Vaccination in Burma 1900-1911 - 1900-1911
Year: 1900
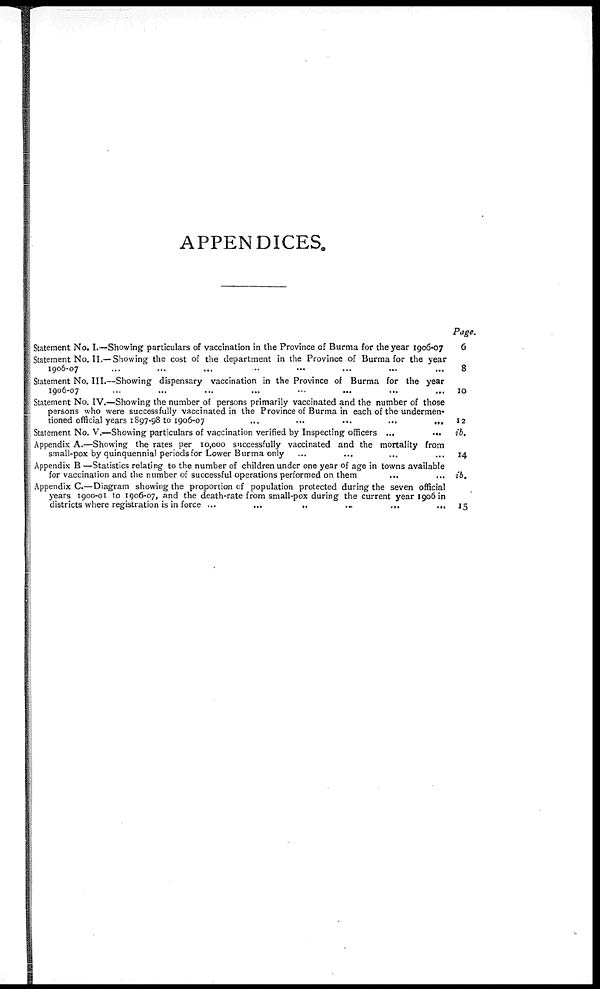
APPENDICES.
Statement No. I.—Showing particulars of vaccination in the Province of Burma for the year 1906-07
Statement No. II.— Showing the cost of the department in the Province of Burma for the year
1906-07... ...
Statement No. III.—Showing dispensary vaccination in the Province of Burma for the year
1906-07...
...
...
...
...
Statement No. IV.—Showing the number of persons primarily vaccinated and the number of those
persons who were successfully vaccinated in the Province of Burma in each of the undermen-
tioned official years 1897-98 to 1906-07
...
...
...
...
...
Statement No. V.—Showing particulars of vaccination verified by Inspecting officers ... ...
Appendix A.—Showing the rates per 10,000 successfully vaccinated and the mortality from
small-pox by quinquennial periods for Lower Burma only
Appendix B —Statistics relating to the number of children under one year of age in towns available
for vaccination and the number of successful operations performed on them... ... ...
Appendix C.—Diagram showing the proportion of population protected during the seven official
years 1900-01 to 1906-07, and the death-rate from small-pox during the current year 1906 in
districts where registration is in force
...
...
...
...
Page.
6
8
10
12
ib.
14
ib.
15